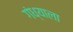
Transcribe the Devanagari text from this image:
गंध्याला